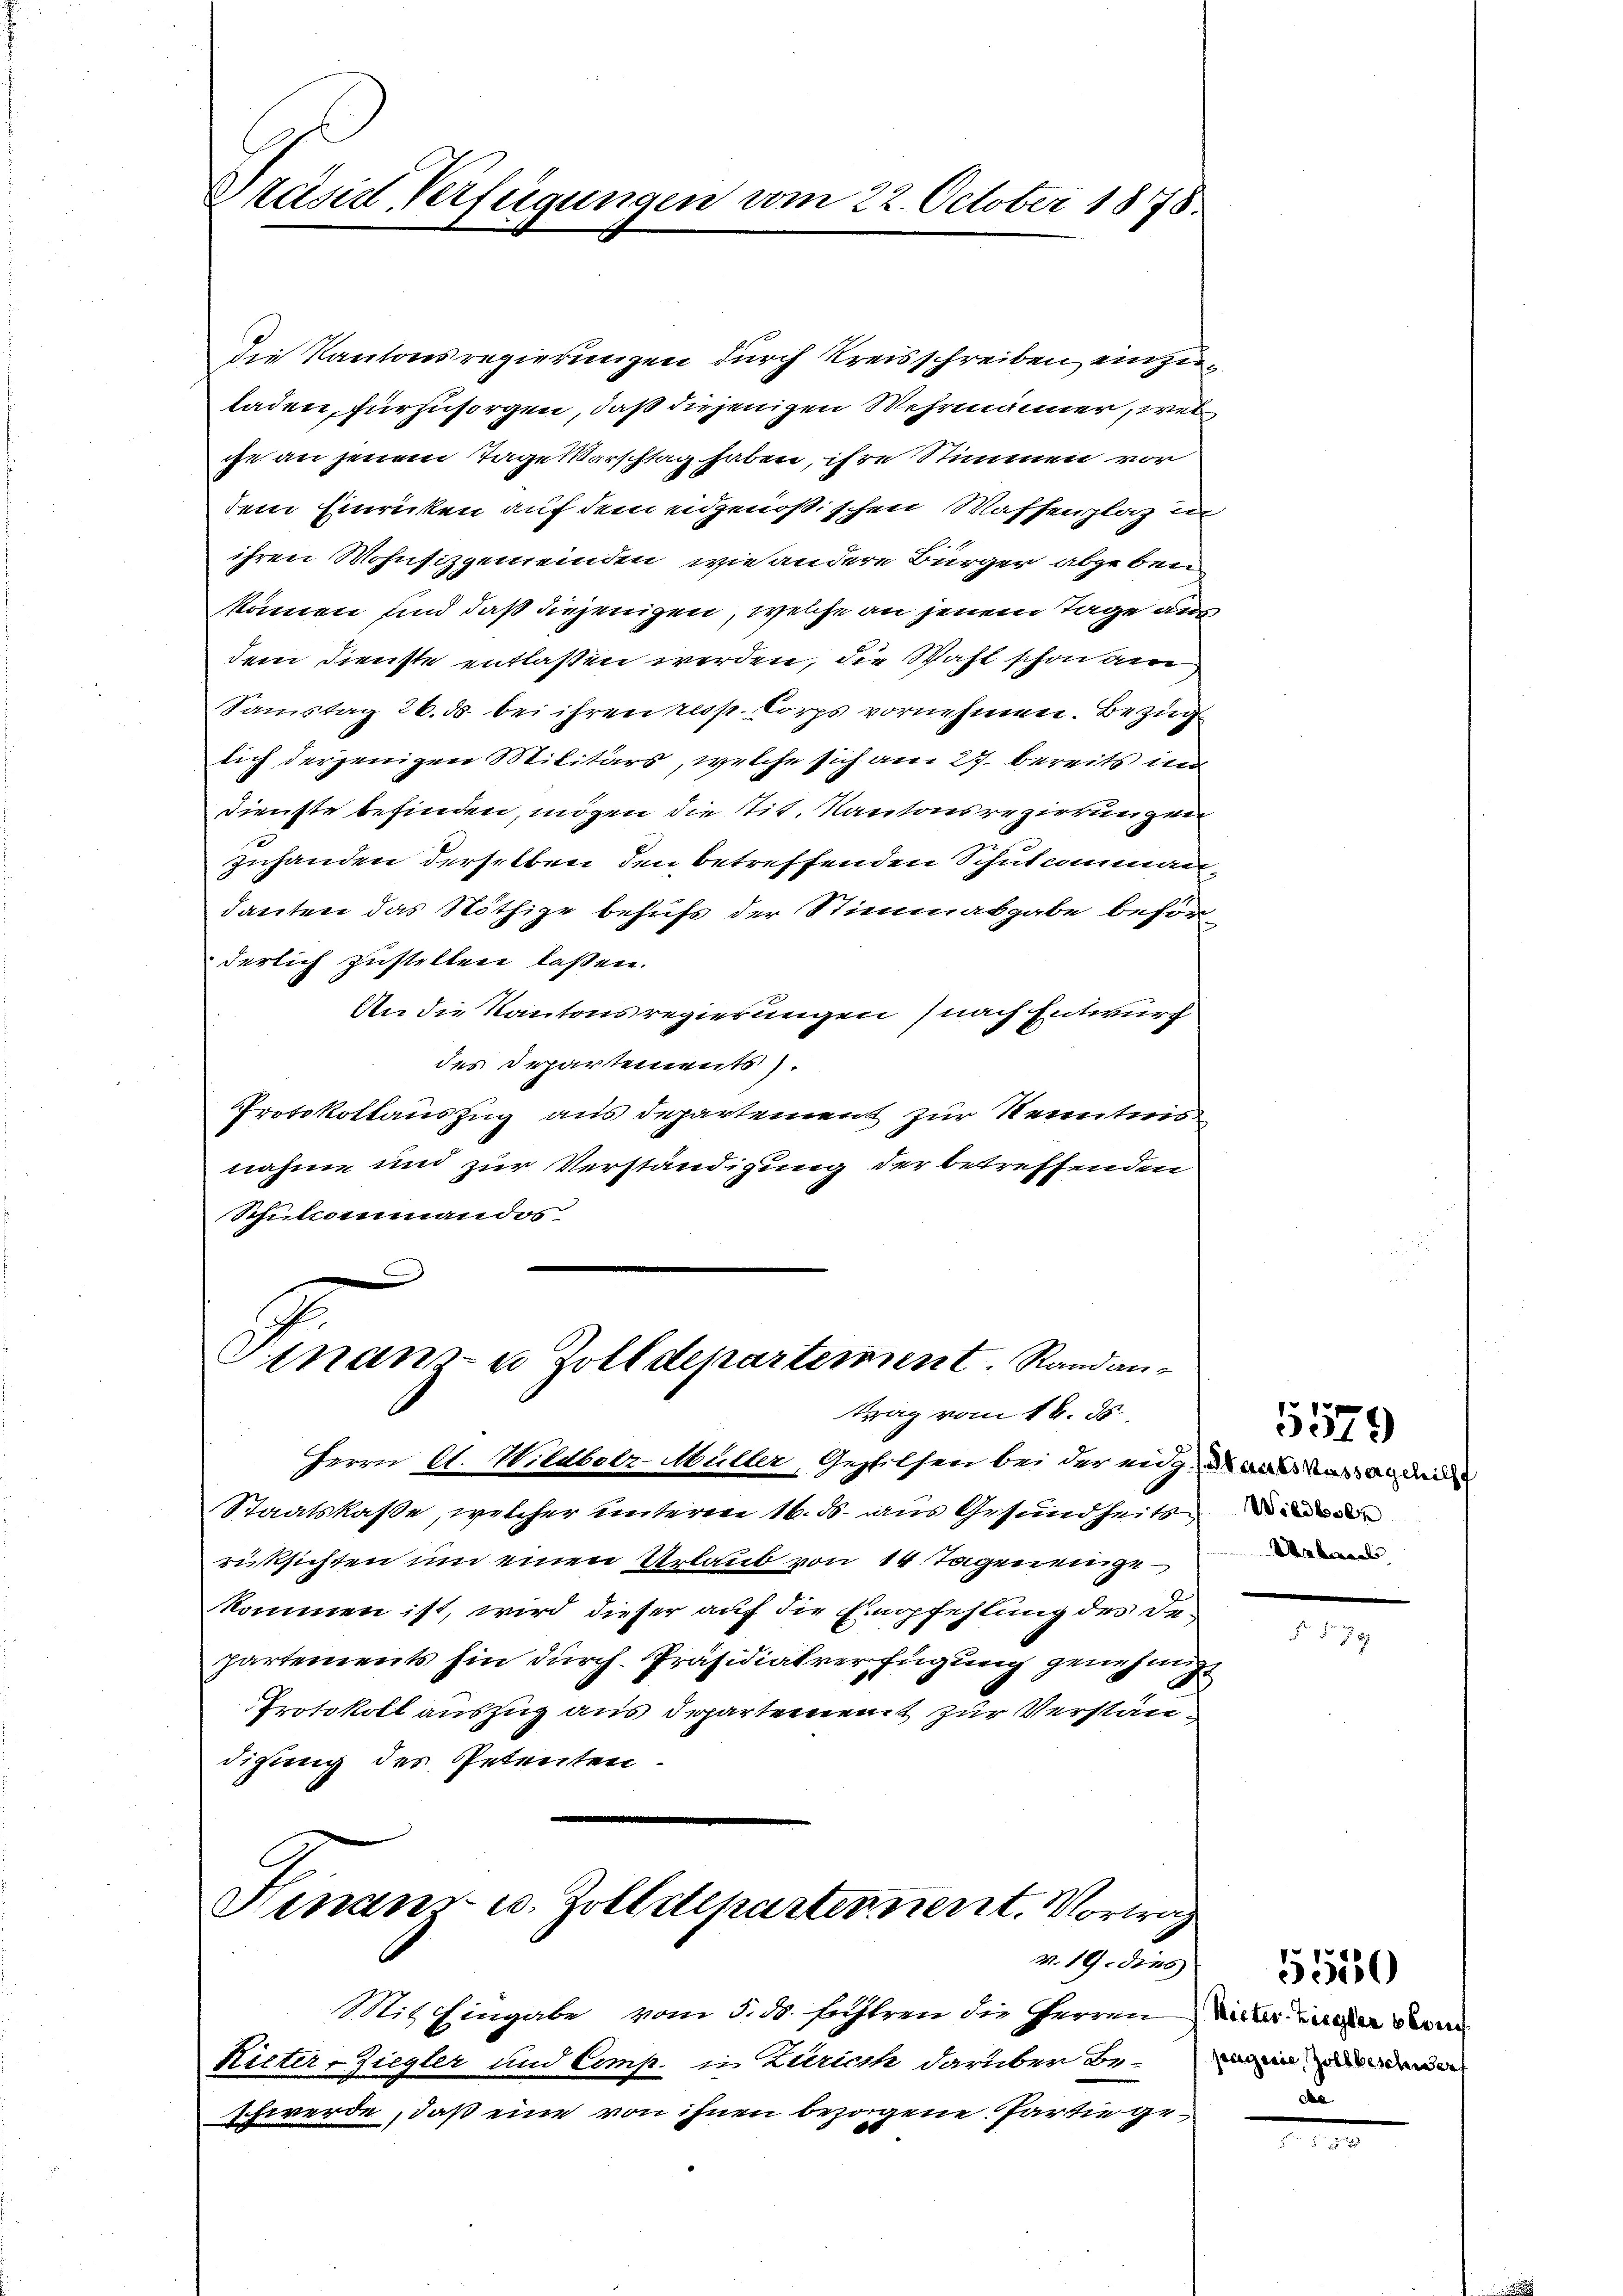
Präsid, Verfügungen vom 22. October 1878.

die Kantonsregierungen durch Kreisschreiben einzuladen, fürzusorgen, daß diejenigen Wehrmänner, wel
gge an jenem Tage Vorschtag haben, ihre Stimmen vor
dem Einricken auf dem eidgenößischen Waffenplatz in
ihren Wohnsizgemeinden, wie andere Bürger abgeben
kommen und daß diejenigen, welche an jenem Tage aus
dem Dienste entlassen werden, die Wahl schon am
Samstag 26. ds. bei ihren resp. Corps vornehmen. Bezug
lich derjenigen Militärs, welche sich am 27. bereits in
Dienste befinden, mögen die sit. Kantonsrezirkungen
zuhanden derselben den betreffenden Schulcomman-
danten das Nöthige behufs der Stimmasgabe beför-
derlich zustellen laßen.
An die Kantonsregierungen (nach Entwurf
des Departements).
Protokollauszug aus departement zur Kenntnis
nahme und zur Verständigung der betreffenden
Schulcommandos
e
Finanz- u Zolldepartement. Randantrag vom 18. ds.
Herrn A. Wildbolz-Müller, Gestilsen bei der eiger ande
Staatskasse, welcher unteren 16. ds. aus Gesundheits
rücksichten um einen Urlaub von 14 Tageneingekommen ist, wird dieser auf die Empfehlung des Departements hin durch Präsidialverfügung genehmig
Protokoll auszug aus Departement zur Verständigung des Petenten

Hinaus- u. Zolldepartennent. Vortrag
v. 19. dies

Mit Eingabe vom 5. ds. fuhren die Herrn Ritter wieder Verren
Kitter-Ziegler und Comp. in Zürich darüber Be¬
Schwerde, daß eine von ihnen bezogene Partie ge¬

Wildbolz
Ueberl

5579

5550
pagnie Zollbeschwerf
d